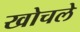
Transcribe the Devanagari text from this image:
खोचले